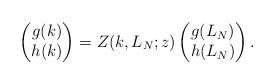
LaTeX: \begin{align*}\begin{pmatrix}g(k) \\h(k) \\\end{pmatrix}=Z(k,L_N;z) \begin{pmatrix}g(L_N) \\h(L_N) \\\end{pmatrix}.\end{align*}